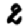
Digit: 2